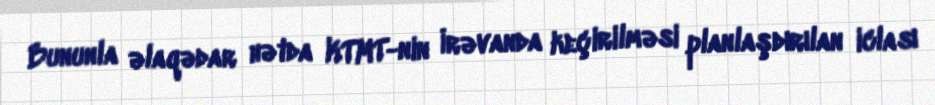
Bununla əlaqədar hətda KTMT-nin İrəvanda keçirilməsi planlaşdırılan iclası